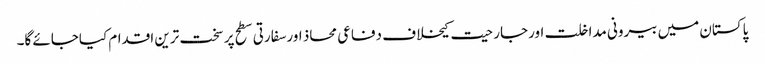
پاکستان میں بیرونی مداخلت اورجارحیت کیخلاف دفاعی محاذ اورسفارتی سطح پر سخت ترین اقدام کیاجائے گا۔